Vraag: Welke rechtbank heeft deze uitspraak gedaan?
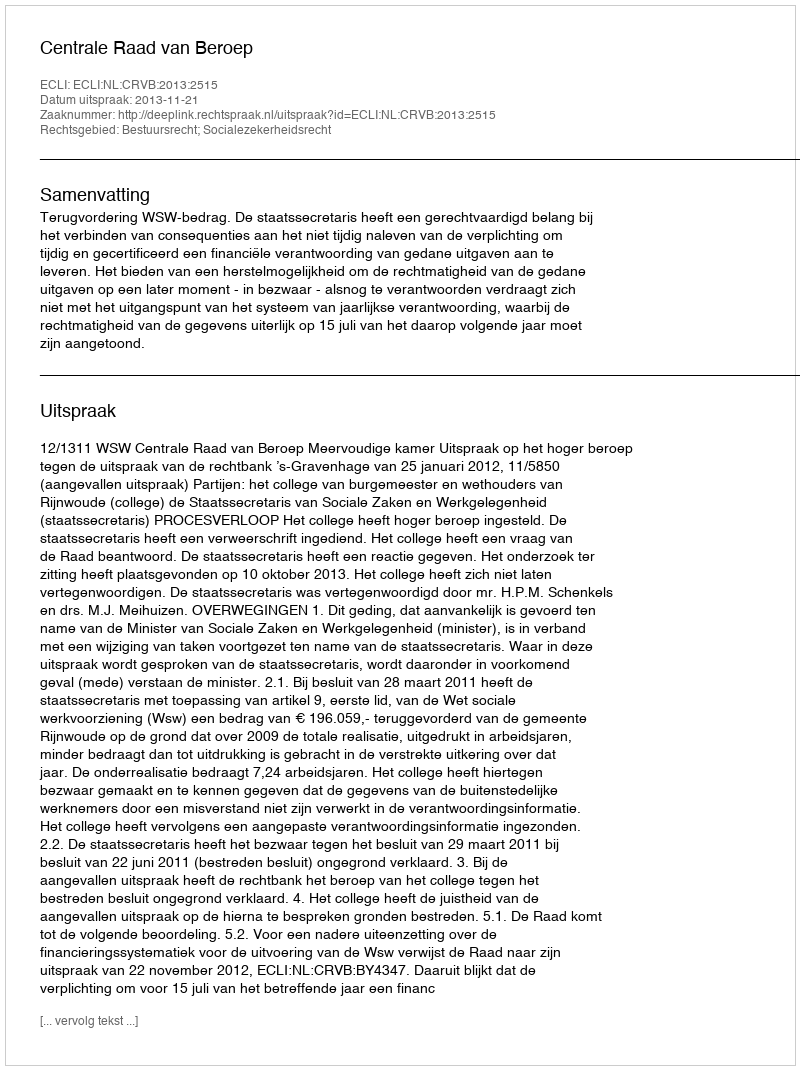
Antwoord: Centrale Raad van Beroep